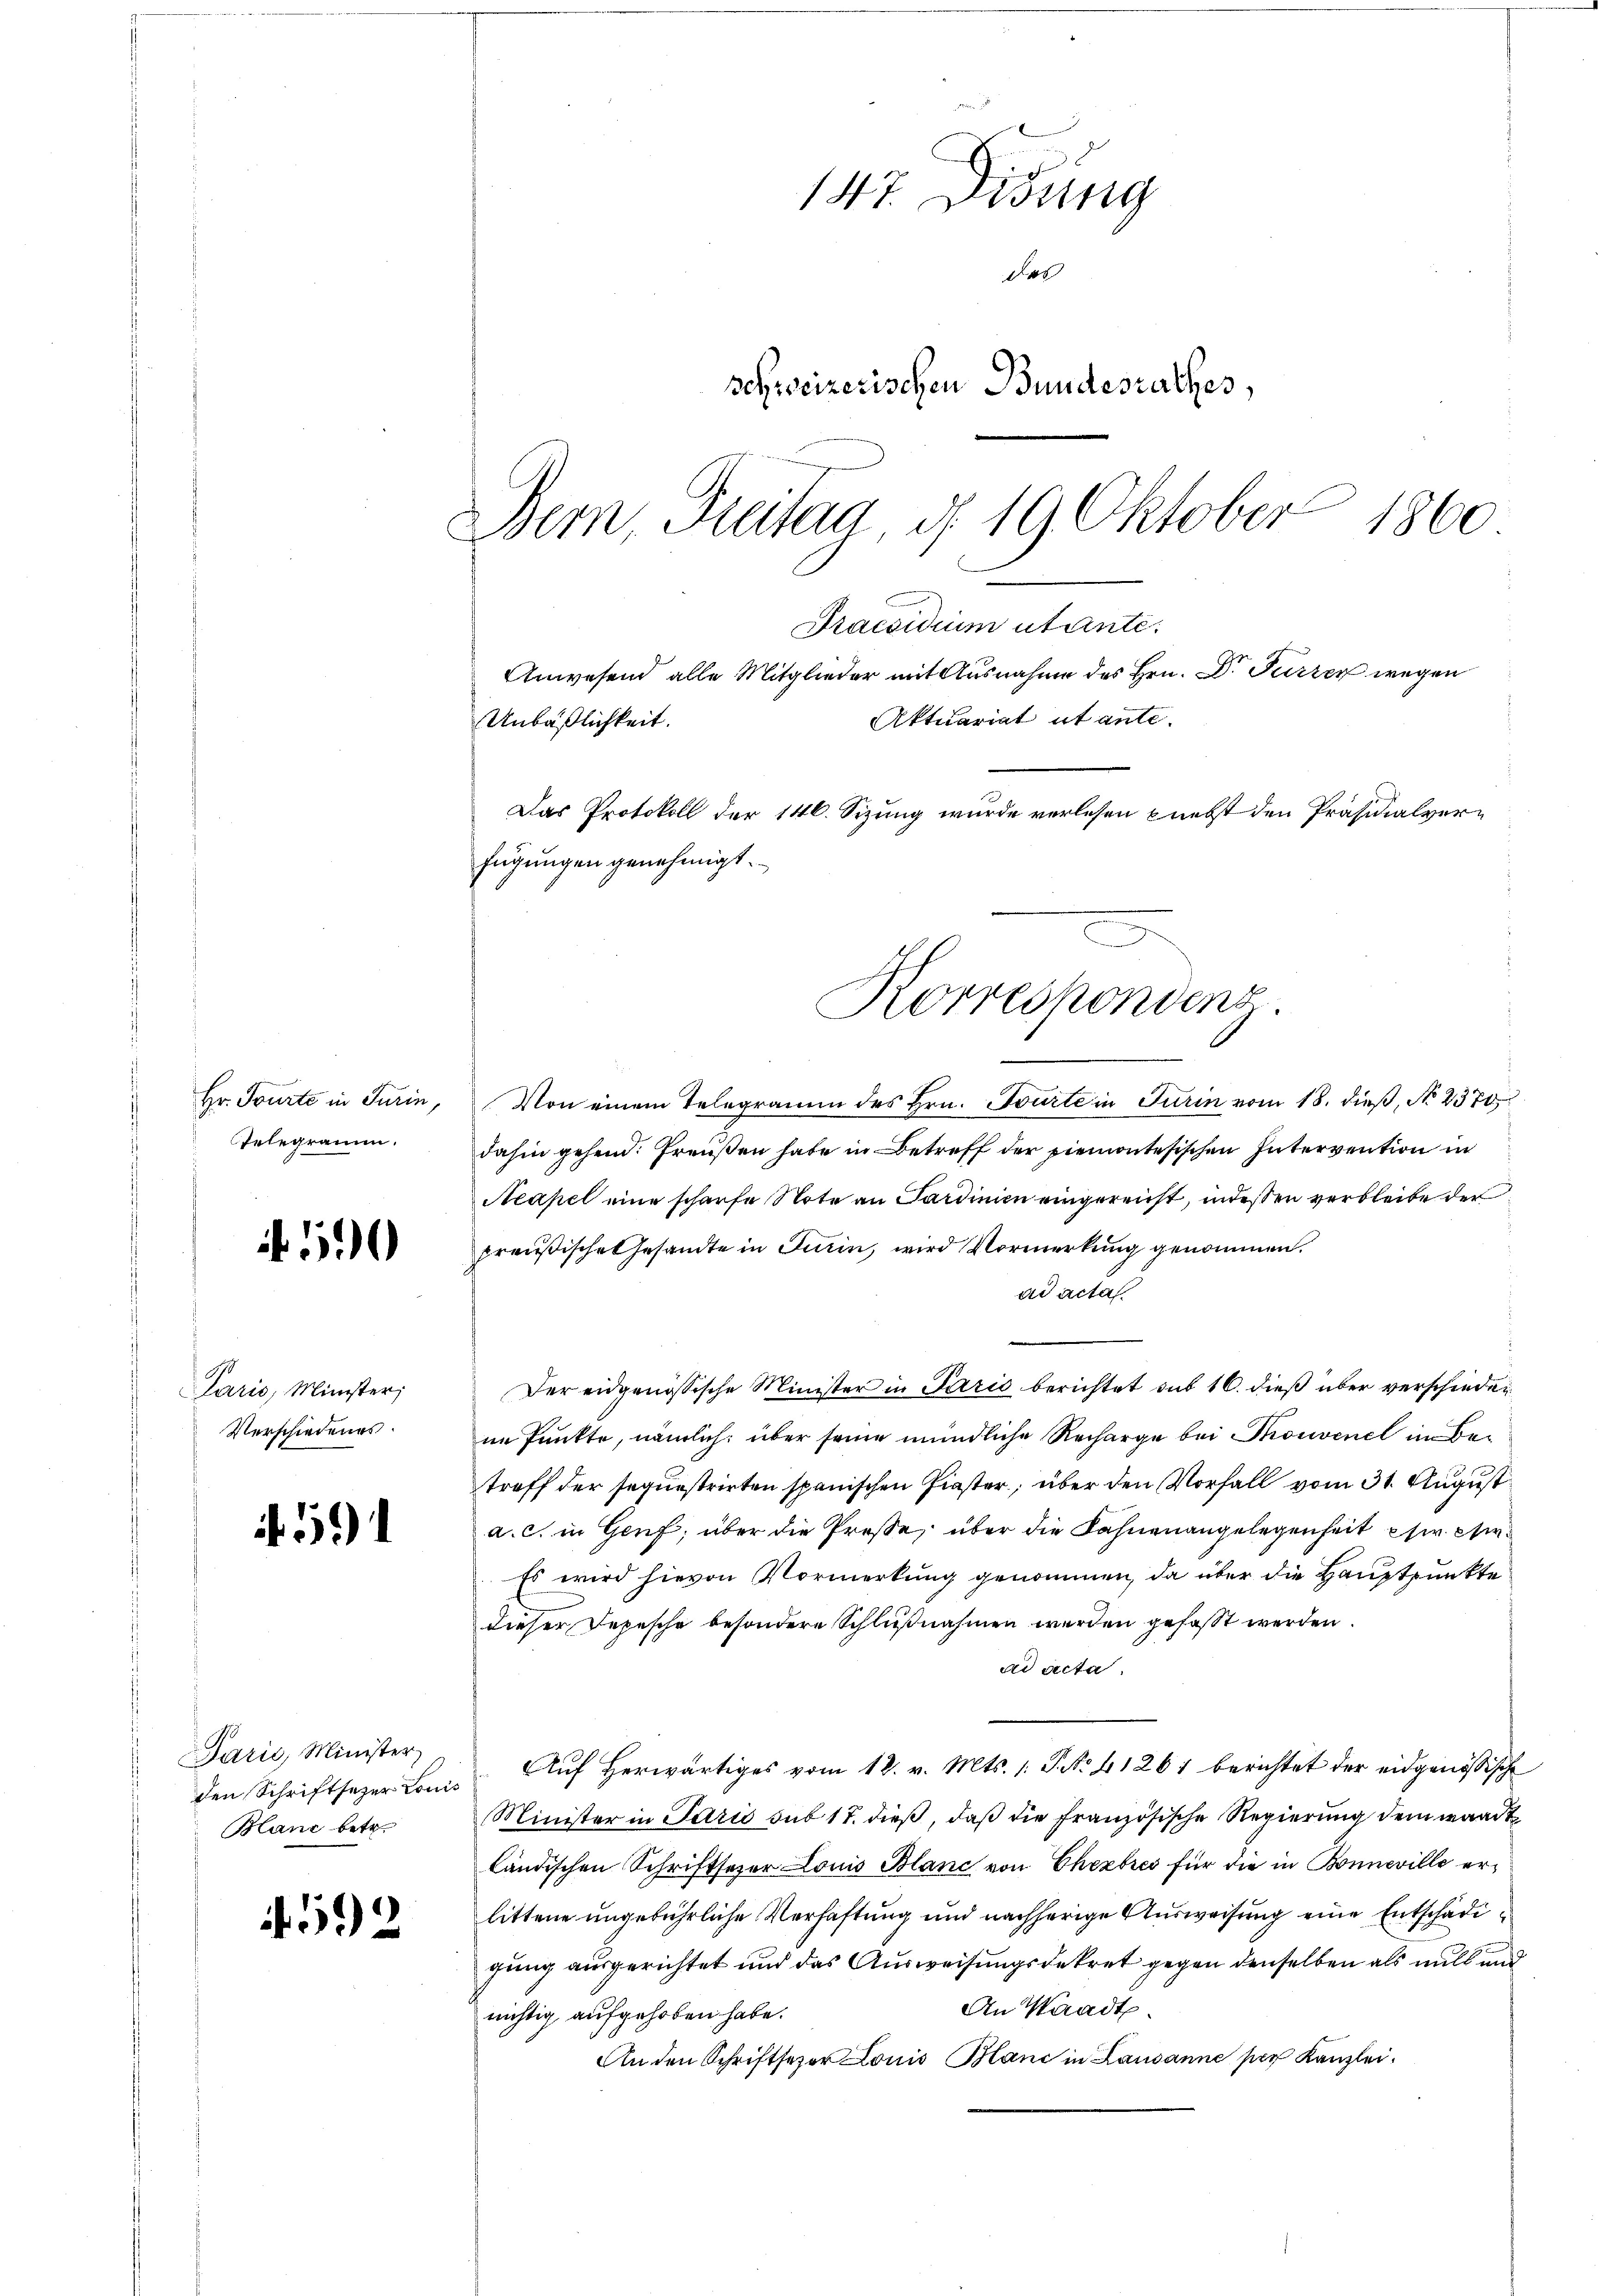
Hr. Tourte in Turin,
Telegramm.

if. 590

Paris, Minister;
Verschiedenes.

591

Parić, Minister
den Schriftsezer Louis
Banz betr.

592

147. Didung
des
schweizerischen Bundesrathes,
Dein Freitag, d. 19 Oktober 1860
Praesidium utante.
Anwesend alle Mitglieder mit Ausnahme des Hrn. Dr. Furren wegen
Aktuariat et ante-
Unbäßlichkeit.

s
fügungen genehmigt.
Von einem Telegramm des Hrn. Tourte in Turin vom 18. dieß, No 2370
dahin gehend. Freußen habe in Betreff der Piemontesischen Intervention in
Neapel eine scharfe Note an Sardinien eingereicht, indessen verbleibe der
preußische Gesandte in Turin, wird Vormerkung genommen.
ad acta.
Der eidgenössische Minister in Paris berichtet sub 16. dieß über verschieden
ie Punkte, nämlich über seine mündliche Recharge bei Thonvenet im Betreff der sequestrirten spanischen Piaster, über den Vorfall vom 31. August
a. c. in Genf, über die Prose, über die Fahnen angelegenheit es ein¬
Es wird hievon Vormerkung genommen, da über die Hauptpunkte
dieser Depesche besondere Schlußnahmen werden gefasst werden.
ad acta
Auf herwärtiges vom 12. v. Mts. 1. P. No. 41261 berichtet der eidgenössische
Minister in Paris sub 17. dieß, daß die französische Regierung dem waadt
ländischen Schriftsezer Louis Blanc von Chexbres für die in Bonneville erlittene ungebührliche Verhaftung und nachherige Ausweisung eine Entschädigung ausgerichtet und das Ausweisungsdekret gegen denselben als mill und
An Waadt.
richtig aufgehoben habe.
An den Schriftsezer Louis Mani in Lausanne per Kanzlei¬

Das Protokoll der 146. Sizung wurde verlesen nebst den Präsidialver¬
Korrespondenz.

1